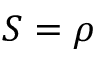
S = \rho